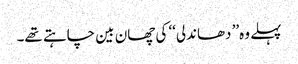
پہلے وہ’’ دھاندلی‘‘ کی چھان بین چاہتے تھے۔